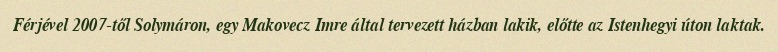
Férjével 2007-től Solymáron, egy Makovecz Imre által tervezett házban lakik, előtte az Istenhegyi úton laktak.